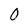
Character: 0